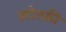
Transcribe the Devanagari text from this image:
लोत्फी